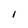
Character: l